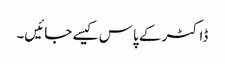
ڈاکٹر کے پاس کیسے جائیں۔